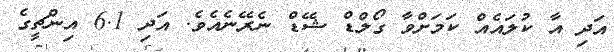
އަދި އާ ކުލައެއް ކަމަށްވާ ގޯލްޑް ޝޭޑް ނެރޭނެއެވެ. އަދި 6.1 އިންޗީގެ